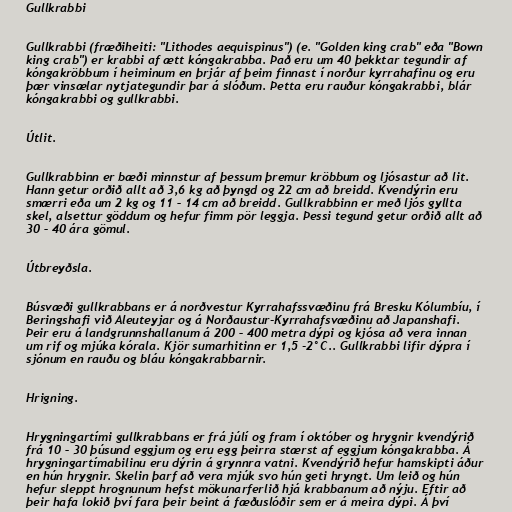
Gullkrabbi

Gullkrabbi (fræðiheiti: "Lithodes aequispinus") (e. "Golden king crab" eða "Bown
king crab") er krabbi af ætt kóngakrabba. Það eru um 40 þekktar tegundir af
kóngakröbbum í heiminum en þrjár af þeim finnast í norður kyrrahafinu og eru
þær vinsælar nytjategundir þar á slóðum. Þetta eru rauður kóngakrabbi, blár
kóngakrabbi og gullkrabbi.

Útlit.

Gullkrabbinn er bæði minnstur af þessum þremur kröbbum og ljósastur að lit.
Hann getur orðið allt að 3,6 kg að þyngd og 22 cm að breidd. Kvendýrin eru
smærri eða um 2 kg og 11 – 14 cm að breidd. Gullkrabbinn er með ljós gyllta
skel, alsettur göddum og hefur fimm pör leggja. Þessi tegund getur orðið allt að
30 – 40 ára gömul.

Útbreyðsla.

Búsvæði gullkrabbans er á norðvestur Kyrrahafssvæðinu frá Bresku Kólumbíu, í
Beringshafi við Aleuteyjar og á Norðaustur-Kyrrahafsvæðinu að Japanshafi.
Þeir eru á landgrunnshallanum á 200 – 400 metra dýpi og kjósa að vera innan
um rif og mjúka kórala. Kjör sumarhitinn er 1,5 -2°C.. Gullkrabbi lifir dýpra í
sjónum en rauðu og bláu kóngakrabbarnir.

Hrigning.

Hrygningartími gullkrabbans er frá júlí og fram í október og hrygnir kvendýrið
frá 10 – 30 þúsund eggjum og eru egg þeirra stærst af eggjum kóngakrabba. Á
hrygningartímabilinu eru dýrin á grynnra vatni. Kvendýrið hefur hamskipti áður
en hún hrygnir. Skelin þarf að vera mjúk svo hún geti hryngt. Um leið og hún
hefur sleppt hrognunum hefst mökunarferlið hjá krabbanum að nýju. Eftir að
þeir hafa lokið því fara þeir beint á fæðuslóðir sem er á meira dýpi. Á því